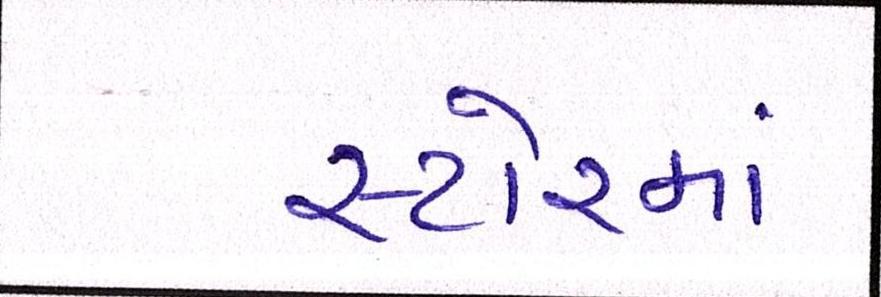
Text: સ્ટોરમાં